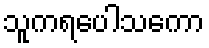
သူကရပေါသကော